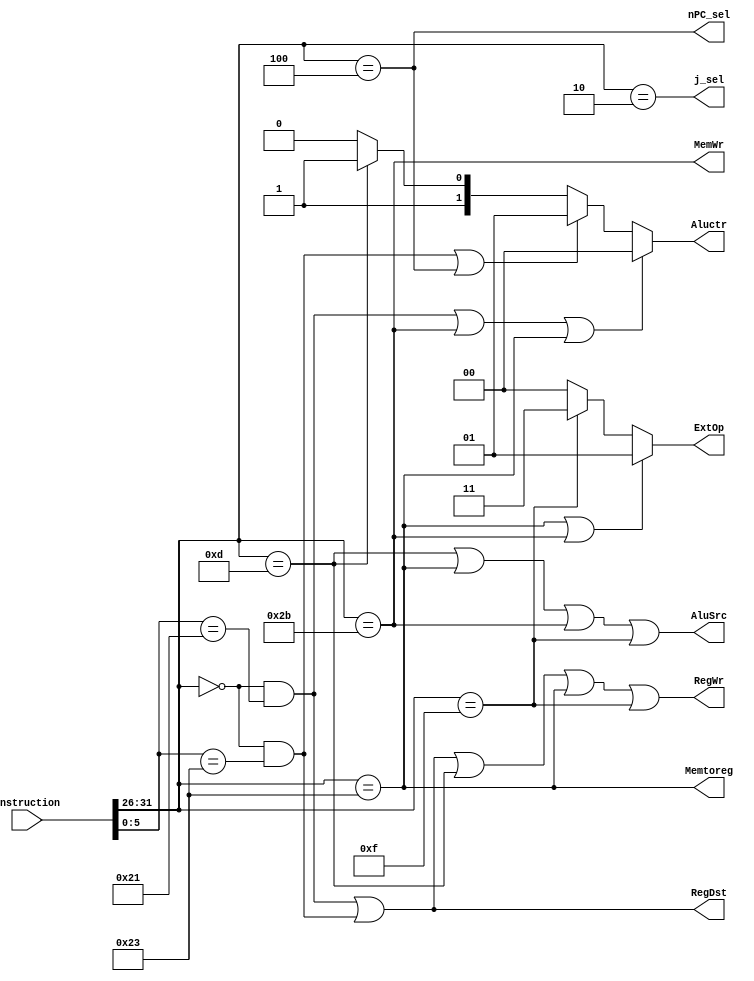
module ctrl(instruction,RegDst,RegWr,AluSrc,MemWr,Memtoreg,Aluctr,nPC_sel,ExtOp,j_sel);
  input [31:0]instruction;
  output RegDst, RegWr,AluSrc,MemWr,Memtoreg,nPC_sel;
  output[1:0]ExtOp;
  output [1:0]Aluctr;
  output j_sel;
  wire[5:0] opcode,funct;
  assign opcode=instruction[31:26];
  assign funct=instruction[5:0];
  wire addu,subu,ori,lw,sw,beq,rtype,lui,j;
  
  assign beq=(opcode==6'b000100);
  assign rtype=(opcode==6'b0);
  assign addu=rtype&&(funct==6'b100001);
  assign subu=rtype&&(funct==6'b100011);
  assign ori=(opcode==6'b001101);
  assign lw=(opcode==6'b100011);
  assign sw=(opcode==6'b101011);
  assign beq=(opcode==6'b000100);
  assign lui=(opcode==6'b001111);
  assign j=(opcode==6'b000010);
  
  assign RegDst=addu||subu;
  assign AluSrc=ori||lw||sw||lui;
  assign Memtoreg=lw;
  assign RegWr=addu||subu||ori||lw||lui;
  assign MemWr=sw;
  assign nPC_sel=beq;
  assign j_sel=j;
  assign ExtOp=(lw||sw)?2'b01:(lui)?2'b11:2'b00;
  assign Aluctr=(addu||sw||lw)?2'b00:(subu||beq)?2'b01:(ori)?2'b11:2'b10;//ori
endmodule